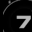
Digit: 7